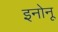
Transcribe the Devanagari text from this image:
इनोनू